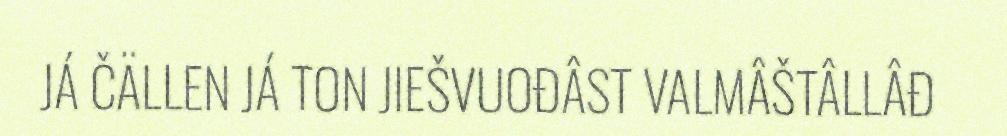
JÁ ČÄLLEN JÁ TON JIEŠVUOĐÂST VALMÂŠTÂLLÂĐ